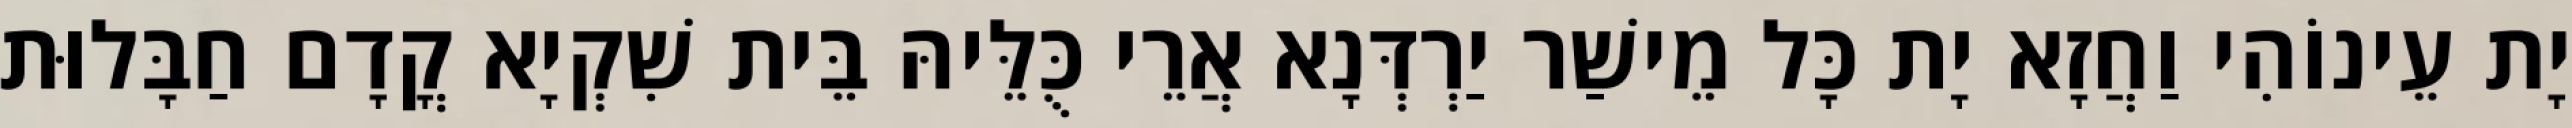
יָת עֵינוֹהִי וַחֲזָא יָת כָּל מֵישַׁר יַרְדְּנָא אֲרֵי כֻּלֵּיהּ בֵּית שִׁקְיָא קֳדָם חַבָּלוּת